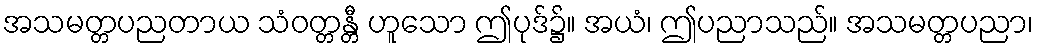
အသမတ္တပညတာယ သံဝတ္တန္တီ ဟူသော ဤပုဒ်၌။ အယံ၊ ဤပညာသည်။ အသမတ္တပညာ၊